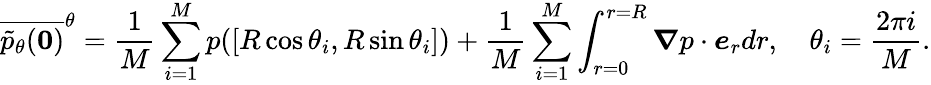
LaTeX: \overline{{\tilde{p}_{\theta}(\boldsymbol{0})}}^{\theta}=\frac 1M\sum_{i=1}^{M}p([R\cos\theta_{i},R\sin\theta_{i}])+\frac 1M\sum_{i=1}^{M}\int_{r=0}^{r=R}\boldsymbol{\nabla}p\cdot\boldsymbol{e}_{r}dr,\quad\theta_{i}=\frac{2\pi i}{M}.